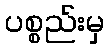
ပစ္စည်းမှ